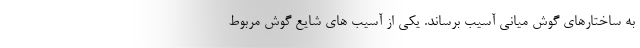
به ساختارهای گوش میانی آسیب برساند. یکی از آسیب های شایع گوش مربوط